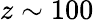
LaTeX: z\sim 100